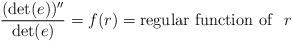
LaTeX: \begin{align*}{(\det (e))''\over \det (e)}=f(r)={\rm regular~function~of }~~r\end{align*}